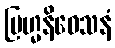
ဗြဟ္မနိဝေသနံ